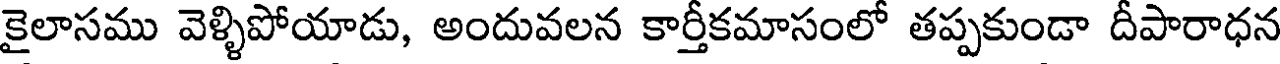
కైలాసము వెళ్ళిపోయాడు, అందువలన కార్తీకమాసంలో తప్పకుండా దీపారాధన